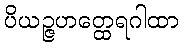
ပိယဉ္ဇဟတ္ထေရဂါထာ